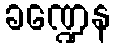
ခဏ္ဍေန